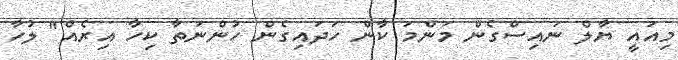
މިއައީ ޔާލް ނައިސްގެން މަންމަ ކާން ހަދައިގެން ހުންނަތާ ކިހާ އިރެއް" ލުހާ